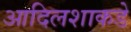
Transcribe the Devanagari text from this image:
आदिलशाकडे